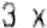
3 X